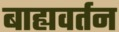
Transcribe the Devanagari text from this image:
बाह्यवर्तन